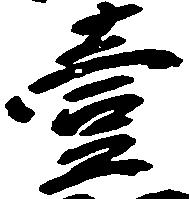
壱